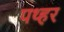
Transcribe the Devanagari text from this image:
पथ्हर